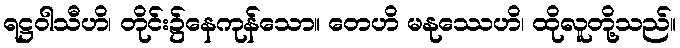
ရဋ္ဌဝါသီဟိ၊ တိုင်း၌နေကုန်သော။ တေဟိ မနုဿေဟိ၊ ထိုလူတို့သည်။